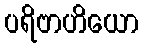
ပရိဗာဟိယော